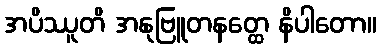
အပိဿူတိ အနုဗြူတနတ္ထေ နိပါတော။